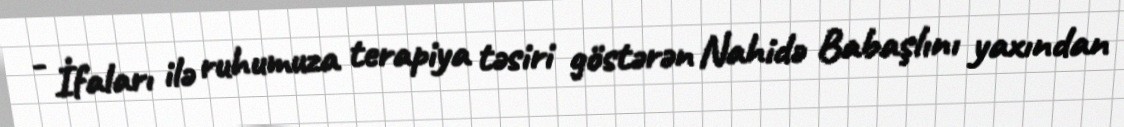
- İfaları ilə ruhumuza terapiya təsiri göstərən Nahidə Babaşlını yaxından